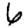
Digit: 6